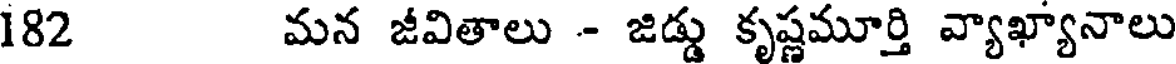
182 మన జీవితాలు - జిడ్డు కృష్ణమూర్తి వ్యాఖ్యానాలు